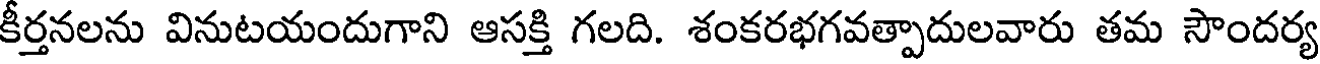
కీర్తనలను వినుటయందుగాని ఆసక్తి గలది. శంకరభగవత్పాదులవారు తమ సౌందర్య